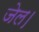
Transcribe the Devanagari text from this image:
जेल।